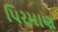
પિરમાણ